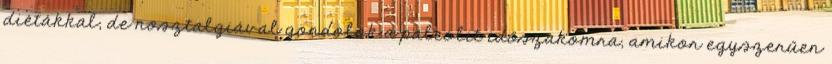
diétákkal, de nosztalgiával gondolok a paleolit időszakomra, amikor egyszerűen